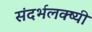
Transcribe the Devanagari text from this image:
संदर्भलक्ष्यी